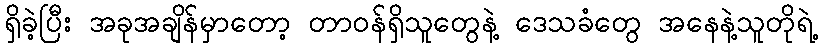
ရှိခဲ့ပြီး အခုအချိန်မှာတော့ တာဝန်ရှိသူတွေနဲ့ ဒေသခံတွေ အနေနဲ့သူတိုရဲ့